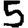
Digit: 5